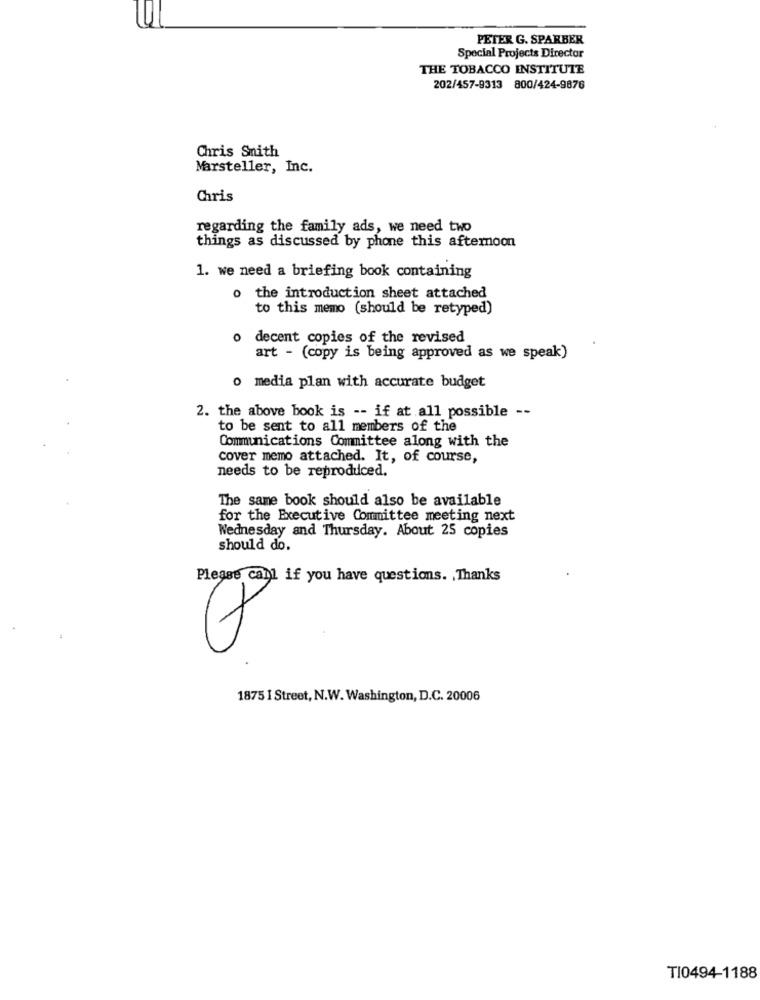
PETER G. SPARBER
Special Projects Director
THE TOBACCO INSTITUTE
202/457-9313 800/424-9876
Chris Smith
Marsteller, Inc.
Chris
regarding the family ads, we need two
things as discussed by phone this afternoon
1. we need a briefing book containing
o the introduction sheet attached
to this memo (should be retyped)
o decent copies of the revised
art - (copy is being approved as we speak)
o media plan with accurate budget
2. the above book is -- if at all possible --
to be sent to all members of the
Communications Committee along with the
cover memo attached. It, of course,
needs to be reproduced.
The same book should also be available
for the Executive Committee meeting next
Wednesday and Thursday. About 25 copies
should do.
Please canl if you have questions. . Thanks
1875 I Street, N.W. Washington, D.C. 20006
TI0494-1188